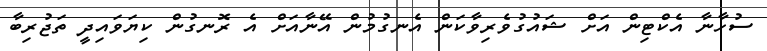
ސުހާނާ އެކްޓިން އަށް ޝައުގުވެރިވާކަން އެނގުމުން އޭނާއަށް އެ ރޮނގުން ކިޔަވައިދީ ތަޖުރިބާ